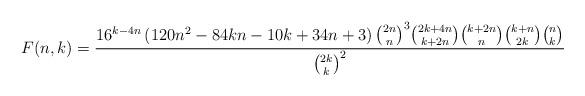
LaTeX: \begin{align*}F(n,k)=\frac{ 16^{k-4 n} \left(120 n^2-84 k n-10 k+34 n+3\right) \binom{2 n}{n}^3\binom{2 k+4 n}{k+2 n} \binom{k+2 n}{n} \binom{k+n}{2 k} \binom{n}{k}}{\binom{2 k}{k}^2}\end{align*}